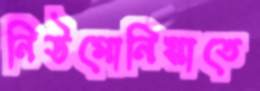
নিউমোনিয়াতে